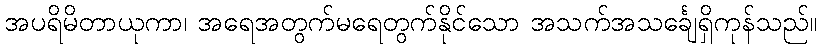
အပရိမိတာယုကာ၊ အရေအတွက်မရေတွက်နိုင်သော အသက်အသင်္ချေရှိကုန်သည်။